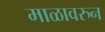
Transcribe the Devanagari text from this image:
माळावरुन